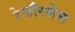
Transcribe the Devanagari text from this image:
रेसौरसेस